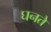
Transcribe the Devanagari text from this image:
घनते